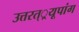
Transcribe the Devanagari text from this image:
उत्तरत््रयूपांग